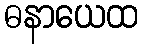
ဓနာယေထ